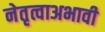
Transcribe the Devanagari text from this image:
नेतृत्वाअभावी